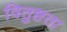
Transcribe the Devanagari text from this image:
वितुष्टता